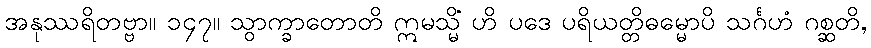
အနုဿရိတဗ္ဗာ။ ၁၄၇။ သွာက္ခာတောတိ ဣမသ္မိံ ဟိ ပဒေ ပရိယတ္တိဓမ္မောပိ သင်္ဂဟံ ဂစ္ဆတိ,